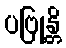
ပဗြုန္တိ